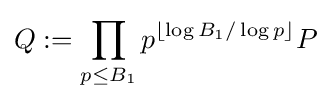
Q:=\prod _{p\leq B_{1}}p^{\left\lfloor \log B_{1}/\log p\right\rfloor }P